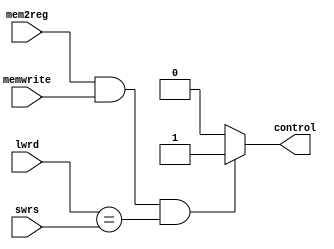
`timescale 1ns / 1ps
//////////////////////////////////////////////////////////////////////////////////
// Company: 
// Engineer: 
// 
// Design Name: 
// Module Name: lwswforward
// Project Name: 
// Target Devices: 
// Tool Versions: 
// Description: 
// 
// Dependencies: 
// 
// Revision:
// Revision 0.01 - File Created
// Additional Comments:
// 
//////////////////////////////////////////////////////////////////////////////////


module lwswforward(
    input [4:0] lwrd,
    input [4:0] swrs,
    input memwrite,
    input mem2reg,
    output reg control
    );
    always@(*)begin
        if(mem2reg && memwrite && lwrd==swrs)
            control = 1;
        else control = 0;
    end
endmodule